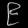
Digit: ၉